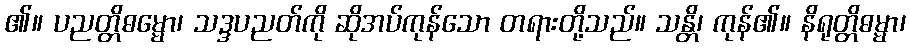
၏။ ပညတ္တိဓမ္မော၊ သဒ္ဒပညတ်ကို ဆိုအပ်ကုန်သော တရားတို့သည်။ သန္တိ၊ ကုန်၏။ နိရုတ္တိဓမ္မာ၊